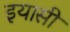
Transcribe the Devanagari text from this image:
इयासी